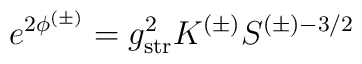
e^{2\phi^{(\pm)}}=g_{\rm str}^2K^{(\pm)}S^{(\pm)-3/2}